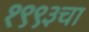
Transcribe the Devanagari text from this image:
१९९३चा